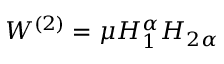
W ^ { ( 2 ) } = \mu H _ { 1 } ^ { \alpha } H _ { 2 \alpha }